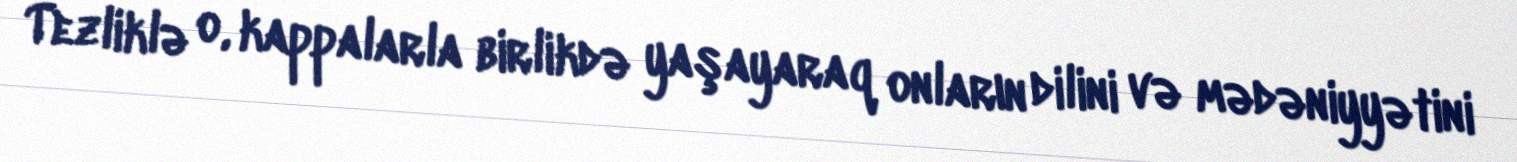
Tezliklə o, kappalarla birlikdə yaşayaraq onların dilini və mədəniyyətini